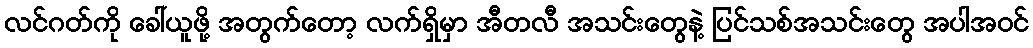
လင်ဂတ်ကို ခေါ်ယူဖို့ အတွက်တော့ လက်ရှိမှာ အီတလီ အသင်းတွေနဲ့ ပြင်သစ်အသင်းတွေ အပါအဝင်